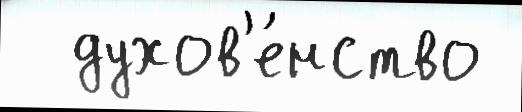
  духов'е́нство